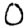
Digit: 0